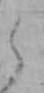
ら